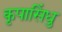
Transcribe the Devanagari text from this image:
कृपासिंधु